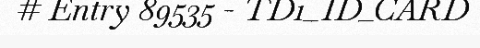
# Entry 89535 - TD1_ID_CARD